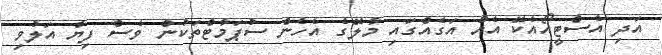
އަދި އެސްޓީއޯއެކޭ އެއް އަގެއްގައި މާލޭގެ އެހެން ސުޕަމާޓްތަކުން ވެސް ފިޔާ އަލުވި